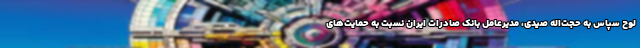
لوح سپاس به حجت‌اله صیدی، مدیرعامل بانک صادرات ایران نسبت به حمایت‌های